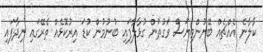
ކާލާނެ އެއްޗެއް ބޭނުންވިޔަސް ވަގުތުން ގުޅާލާފައި ބުނުމުން ކުޑަ އިރުކޮޅެއް ތެރޭގައި ނިދާފައި